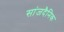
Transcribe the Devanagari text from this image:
सांजदैनिक